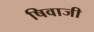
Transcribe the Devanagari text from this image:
षिवाजी